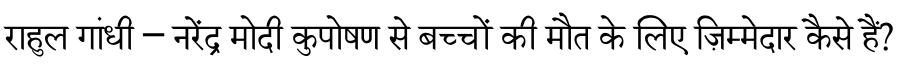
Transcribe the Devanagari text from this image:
राहुल गांधी – नरेंद्र मोदी कुपोषण से बच्चों की मौत के लिए ज़िम्मेदार कैसे हैं?